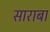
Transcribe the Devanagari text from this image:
साराबा